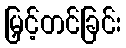
မြှင့်တင်ခြင်း